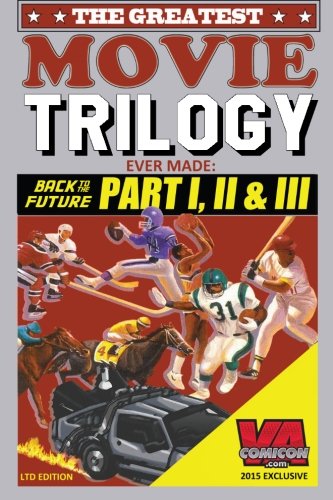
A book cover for The Greatest Movie Trilogy Ever Made: Back to the Future Part 1, 2 & 3; Virginia Comicon; Humor & Entertainment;